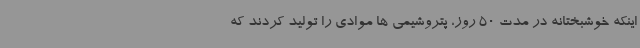
اینکه خوشبختانه در مدت 50 روز، پتروشیمی ها موادی را تولید کردند که